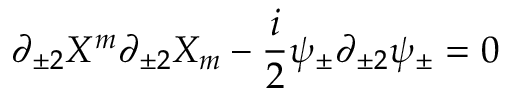
\partial _ { \pm 2 } X ^ { m } \partial _ { \pm 2 } X _ { m } - \frac { i } { 2 } \psi _ { \pm } \partial _ { \pm 2 } \psi _ { \pm } = 0